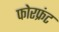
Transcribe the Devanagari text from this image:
फोरफ्रंट